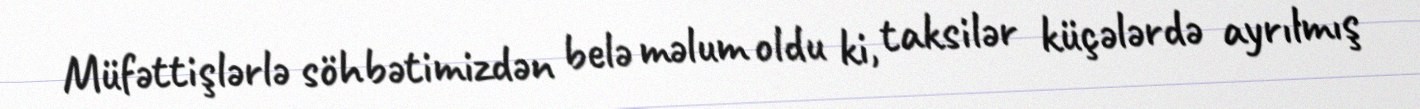
Müfəttişlərlə söhbətimizdən belə məlum oldu ki, taksilər küçələrdə ayrılmış